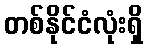
တစ်နိုင်ငံလုံးရှိ